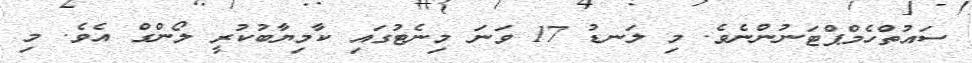
ސައުތްހެމްޕްޓަނުންނެވެ. މި ލަނޑު 17 ވަނަ މިނެޓުގައި ކާމިޔާބުކުރީ ލޯންގް އެވެ. މި